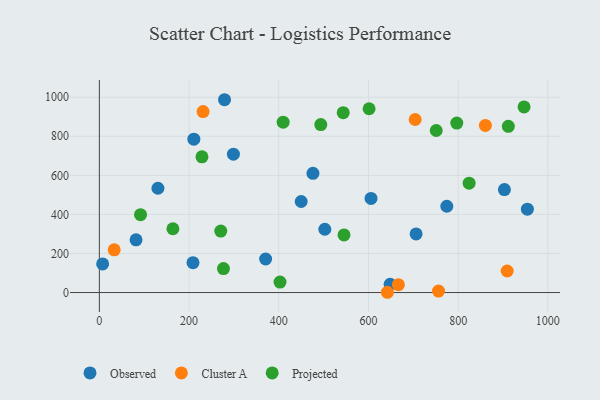
{"axis": {"x": "Investment", "y": "Yield"}, "legend": ["Cluster A", "Observed", "Projected"], "data": [{"x": "81.8", "y": 269.7, "type": "Observed"}, {"x": "648.3", "y": 42.6, "type": "Observed"}, {"x": "706.2", "y": 300.2, "type": "Observed"}, {"x": "450.0", "y": 466.1, "type": "Observed"}, {"x": "279.1", "y": 987.0, "type": "Observed"}, {"x": "476.2", "y": 610.5, "type": "Observed"}, {"x": "903.1", "y": 526.9, "type": "Observed"}, {"x": "954.3", "y": 426.7, "type": "Observed"}, {"x": "7.3", "y": 146.5, "type": "Observed"}, {"x": "208.8", "y": 152.9, "type": "Observed"}, {"x": "370.7", "y": 171.7, "type": "Observed"}, {"x": "298.9", "y": 708.4, "type": "Observed"}, {"x": "210.7", "y": 784.9, "type": "Observed"}, {"x": "605.7", "y": 482.0, "type": "Observed"}, {"x": "130.6", "y": 533.8, "type": "Observed"}, {"x": "502.7", "y": 323.9, "type": "Observed"}, {"x": "774.7", "y": 441.7, "type": "Observed"}, {"x": "666.7", "y": 40.1, "type": "Cluster A"}, {"x": "860.7", "y": 855.4, "type": "Cluster A"}, {"x": "33.1", "y": 218.5, "type": "Cluster A"}, {"x": "909.3", "y": 110.4, "type": "Cluster A"}, {"x": "231.3", "y": 926.5, "type": "Cluster A"}, {"x": "704.1", "y": 885.9, "type": "Cluster A"}, {"x": "642.2", "y": 1.4, "type": "Cluster A"}, {"x": "756.2", "y": 7.7, "type": "Cluster A"}, {"x": "543.7", "y": 920.5, "type": "Projected"}, {"x": "164.0", "y": 326.5, "type": "Projected"}, {"x": "228.8", "y": 694.7, "type": "Projected"}, {"x": "946.9", "y": 950.1, "type": "Projected"}, {"x": "751.1", "y": 829.4, "type": "Projected"}, {"x": "276.7", "y": 122.5, "type": "Projected"}, {"x": "545.5", "y": 295.1, "type": "Projected"}, {"x": "409.8", "y": 872.1, "type": "Projected"}, {"x": "270.7", "y": 314.8, "type": "Projected"}, {"x": "601.4", "y": 940.9, "type": "Projected"}, {"x": "824.4", "y": 559.9, "type": "Projected"}, {"x": "402.8", "y": 53.5, "type": "Projected"}, {"x": "91.8", "y": 398.5, "type": "Projected"}, {"x": "911.8", "y": 850.7, "type": "Projected"}, {"x": "493.7", "y": 859.7, "type": "Projected"}, {"x": "796.9", "y": 867.3, "type": "Projected"}]}